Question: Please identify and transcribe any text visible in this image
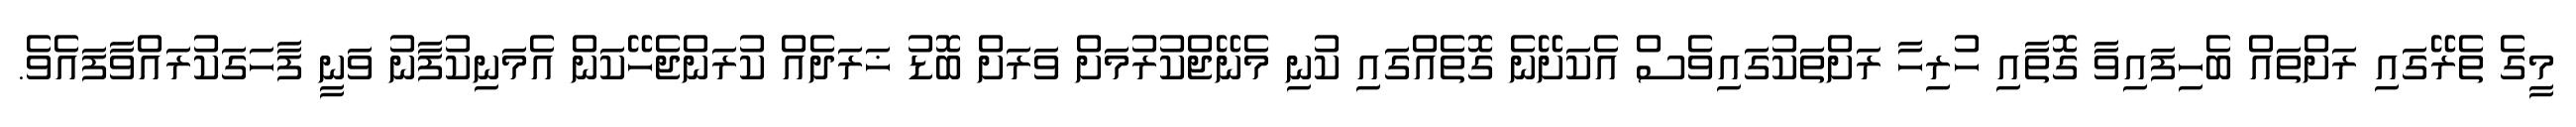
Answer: މީގެ ތެރޭގައި ރަށްތައް ބެހިފައިވާ ގޮތާއި ހުރިހާ ރަށްތަކުގައިވެސް އެކަށޭނެ ގޮތެއްގައި ކުނި މެނޭޖްކުރުމަށް ވަރަށް ބޮޑު ޚަރަދެއް ކުރަންޖެހޭކަން އެމަނިކުފާނު ވަނީ ފާހަގަކުރައްވާފައެވެ.